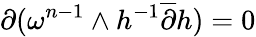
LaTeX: {\partial}(\omega^{n-1}\wedge h^{-1}\overline{{{\partial}}}h)=0